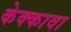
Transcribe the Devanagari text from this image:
केक्कावा